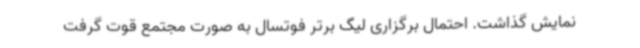
نمایش گذاشت. احتمال برگزاری لیگ برتر فوتسال به صورت مجتمع قوت گرفت